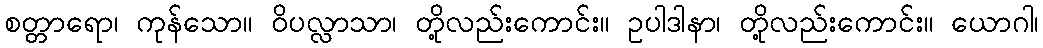
စတ္တာရော၊ ကုန်သော။ ဝိပလ္လာသာ၊ တို့လည်းကောင်း။ ဥပါဒါနာ၊ တို့လည်းကောင်း။ ယောဂါ၊